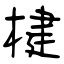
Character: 楗